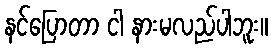
နင်ပြောတာ ငါ နားမလည်ပါဘူး။